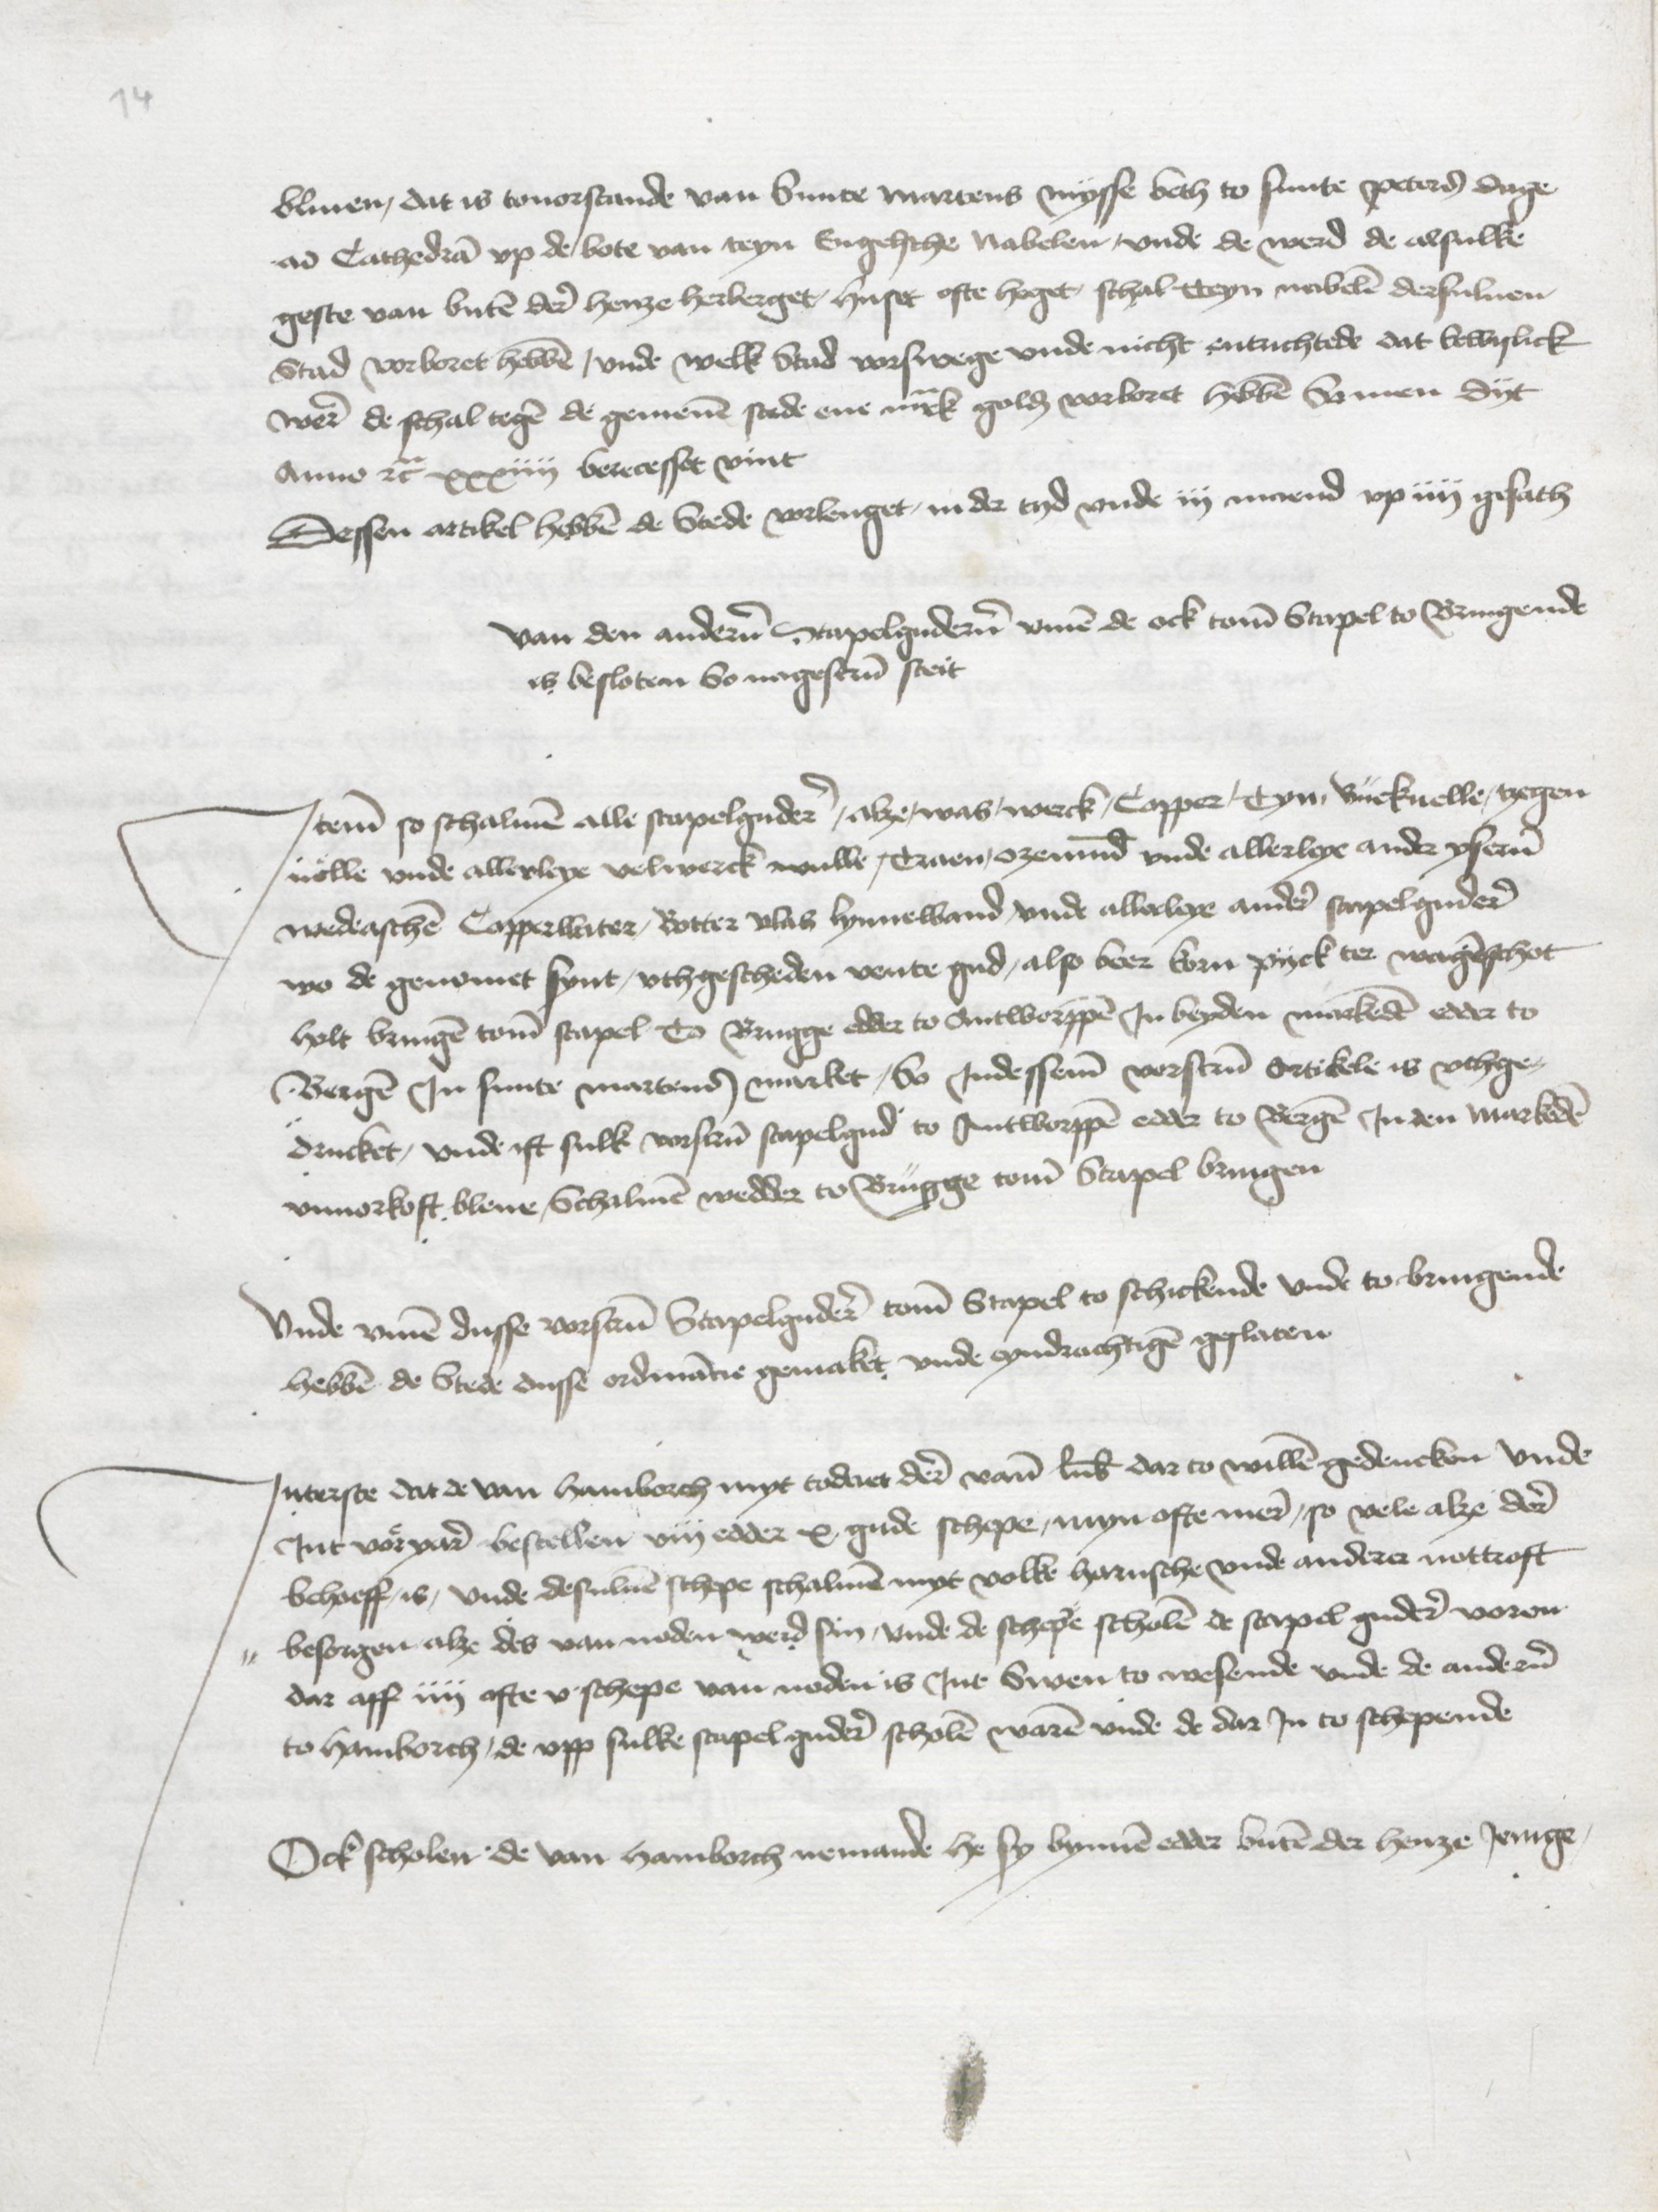
bliuen, dit is touorstande van Sunte Martens mysse beth to sunte Peters dage
ad Cathedram vp de bote van teyn Engelsche nabelen, vnde de werd de alsulke
geste van buten dere henze herberget, huset ofte heget, schal tteyn nabelen dersuluen
Stad vorboret hebben, vnde welk Stad vorswege vnde nicht entuchtede dat bewyslick
were de schal tegen de gemenen stede ene marck goldes vorboret hebben So men dijt
Anno etcetera xxxiiij berecesset vint
Dessen artikel hebben de Stede vorlenget, in der tyd vnde iij maend vp iiij gesath

van den anderen Stapelguderen vmme de ock tomen Stapel to Bringende
is besloten So nagescreuen steit
Jteme so schalmen alle stapelgudere, alze was werck Copper tyn Buckuelle, zegen¬
uolle vnde allerleye velwerck wulle, Traen, ozemund vnde allerleye ander yserne
wedeaschen Copperwater, Botter vlas lynnewand vnde allerleye andere stapelgudere
wo de genomet synt, vthgescheden vente gud, also beer korn pijck ter wagenschot
holt bringen tomen stapel to Brugge edder to Antworppen Jn beyden markeden edder to
Bergen Jn sunte martens market, So Jndessemen vorscreuen artikele is vthge¬
drucket, vnde ist sulk vorscreuen stapelgud to Antworppen edder to Bergen Jn den markeden
vnvorkoft bleue Schalmen wedder to Brugge tome Stapel bringen

Vnde vmme dusse vorscreuen Stapelguderen tome Stapel to schickende vnde tobringende
hebben de Stede dusse ordiancie gemaket vnde eyndrachtigen geslaten

Jnterste dat de van Hamborch myt toderet derer van Lubeke dar to willen gedencken vnde
Jnt voͤryare bestellen viij edder x gude schepe, myn ofte mere, so vele alze dare
behoeff, is, vnde desuluen schepe schalmen myt volke harnsche vnde anderer nottroft
besorgen alze des van noden werd sin, vnde de scheper scholen de stapel gudere voren¬
dar aff iiij ofte v schepe van noden is Jnt Swen to wesende vnde de anderen
to Hamborch, de vpp sulke stapel gudere scholen waren vnde de dar Jn to schepende

Ock scholen de van Hamborch nemande he sy bynnen edder buten der henze Jenige